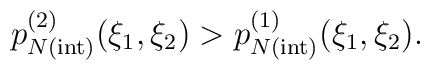
p_{N{\mathrm{(int)}}}^{(2)}(\xi _1,\xi _2)>p_{N{\mathrm{(int)}}}^{(1)}  (\xi _1,\xi _2).